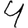
Digit: 4